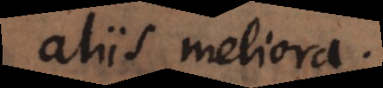
aliis meliora.